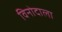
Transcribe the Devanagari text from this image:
विनोदाला